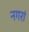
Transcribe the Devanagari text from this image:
नगरां